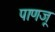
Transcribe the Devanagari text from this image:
पाणजू